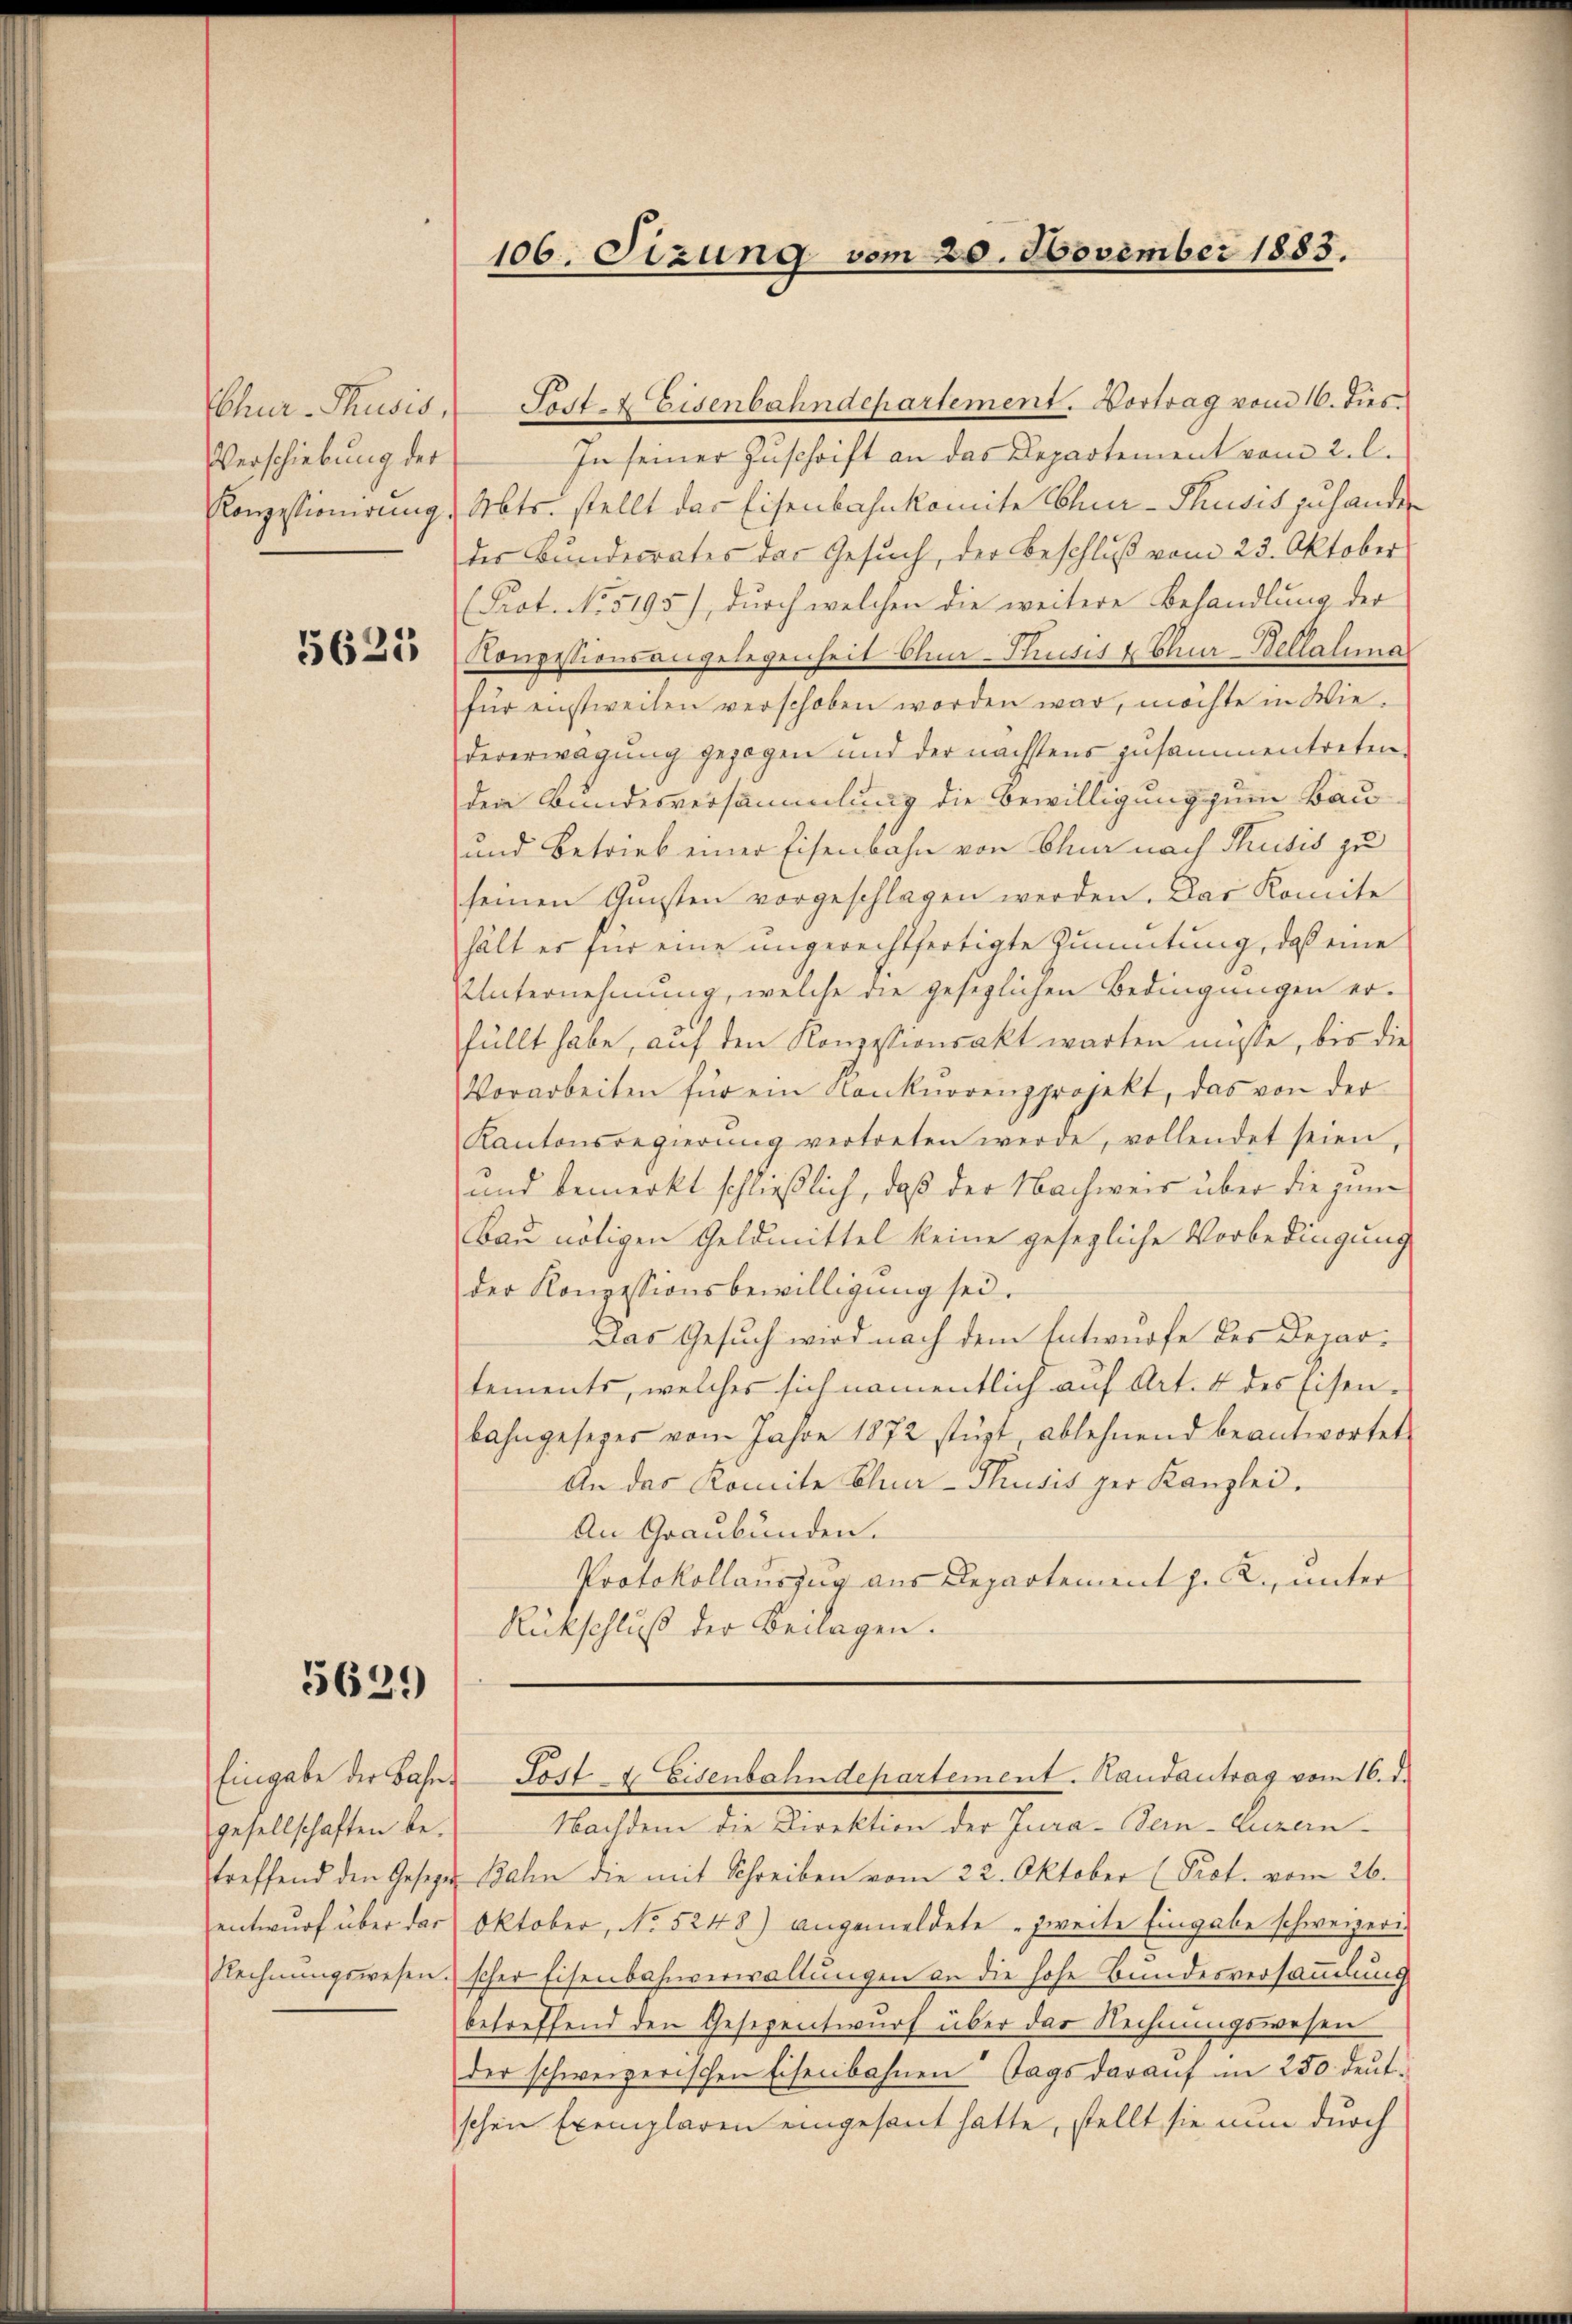
Verschiebung der
Konzessionirung

5625

5629

gesellschaften beentwurf über das
Rechnungswesen.

CChur-Thusis, Post- & Eisenbahndepartement. Vortrag vom 16. dies
In seiner Zuschrift an das Departement vom 2. l.
Abts. stellt das Eisenbahnkomite Chur-Phusis zuhanden
der Bunderrates das Gesuch, der Beschluß vom 23. Oktober
(Prot. No 5195), durch welchen die weitere Behandlung der
Conpessionsangelegenheit Ohm-Thusis u Chur-Bellatina
für einstweilen verschoben worden war, möchte in Wie-
dererwägung gezogen und der nächstens zusammentreten.
den Bundesversammlung die Bewilligung zum Bau¬
und Betrieb einer Eisenbahn von Chur nach Thusis zu
seinen Gŭnsten vorgeschlagen werden. Das Komite
hält es für eine ungerechtfertigte Zumutung, daß eine
Unternehmung, welche die gesezlichen Bedingungen er-
füllt habe, auf den Konzessionsakt warten müsse, bis die
Vorarbeiten für ein Konkurrenzprojekt, das von der
Kantonsregierŭng vertreten werde, vollendet seien,
und bemerkt schließlich, daß der Nachweis über die zum
Bau nötigen Geldmittel keine gesezliche Vorbedingung
der Konzessionsbewilligung sei.
Das Gesuch wird nach dem Entwurfe des Departements, welches sich namentlich auf Art. 4 des Eisenbahngesezes vom Jahre 1872 stüzt, ablehnend beantwortet
An das Komite Chur-Thusis per Kanzlei.
An Graubünden.
Protokollauszug aus Departement z. Z., unter
Rückschluß der Beilagen.

106. Sizung vom 20. November 1883.

Eingabe der Bahn Post 4 Eisenbahndepartement. Handantrag vom 16. d.

Nachdem die Direktion der Jura-Bein-Luzern
treffend den Gesetzer Bahn die mit Schreiben vom 22. Oktober (Prot. vom 26.
Oktober, No 5248) angemeldete „zweite Eingabe schweizerischer Eisenbahnverwaltungen an die hohe Bundesversammlung
betreffend den Gesezentwurf über das Rechnungswesen
der schweizerischen Eisenbahnen Tags darauf in 250 deut.
schen Exemplaren eingesant hatte, stellt sie nun durch